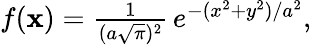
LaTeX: \begin{array}{r}{f(\mathbf{x})=\frac{1}{(a\sqrt{\pi})^{2}}\, e^{-(x^{2}+y^{2})/{a^{2}}},}\end{array}